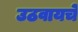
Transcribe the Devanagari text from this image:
उठवायचे